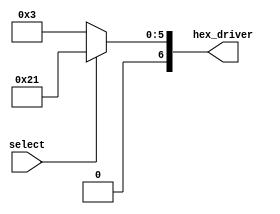
module symbol_driver_cgrundey(select, hex_driver);
	input        select;
	output [6:0] hex_driver;

	// select = 0 -> b
	// select = 1 -> d
	assign hex_driver = (select) ? 6'b0100001 : 6'b0000011;
  
endmodule